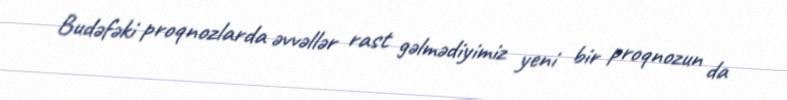
Budəfəki proqnozlarda əvvəllər rast gəlmədiyimiz yeni bir proqnozun da